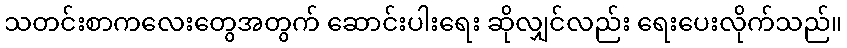
သတင်းစာကလေးတွေအတွက် ဆောင်းပါးရေး ဆိုလျှင်လည်း ရေးပေးလိုက်သည်။